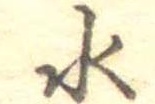
水